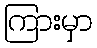
ကြားမှာ